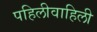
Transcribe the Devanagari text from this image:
पहिलीवाहिली